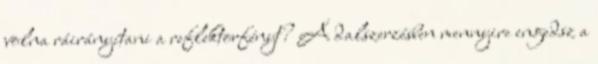
volna ráirányítani a reflektorfényt? A dalszerzésben mennyire engedsz a